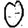
Digit: 0